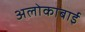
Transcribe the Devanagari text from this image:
अलोकाबाई